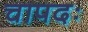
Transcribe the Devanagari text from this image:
चापदः